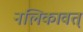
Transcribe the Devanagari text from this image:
नलिकावत्‌